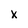
Character: x